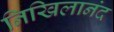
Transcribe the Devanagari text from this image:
निखिलानंद